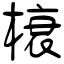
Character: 榱